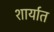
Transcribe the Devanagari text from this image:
शार्यात